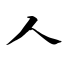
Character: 人